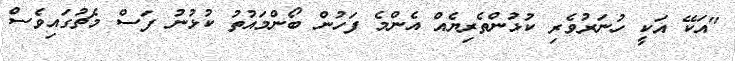
"އަކޭ އަކީ ހުނަރުވެރި ކުޅުންތެރިޔެއް އެންމެ ފަހުން ބޯންމައުތު ކުޅުނު ފަސް މެޗުގައިވެސް